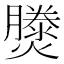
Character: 𤑘